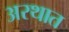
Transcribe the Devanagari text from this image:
अरथात